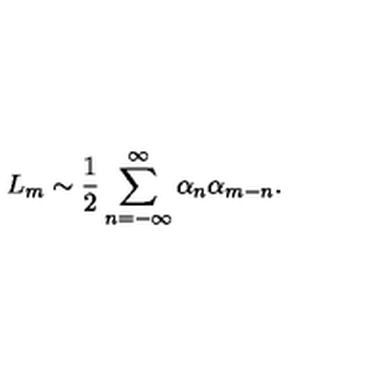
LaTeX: L _ { m } \sim \frac { 1 } { 2 } \sum _ { n = - \infty } ^ { \infty } \alpha _ { n } \alpha _ { m - n } .